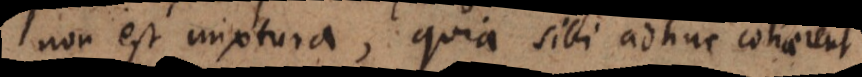
non est mixtura, quia sibi adhuc cohaerent.